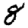
Digit: 8